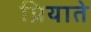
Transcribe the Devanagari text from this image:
प्रियाते